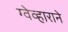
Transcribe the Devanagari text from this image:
ग्वेव्हाराने